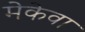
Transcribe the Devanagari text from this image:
मेकेवा